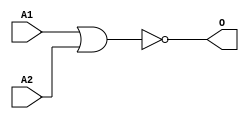
module JNOR2B(A1, A2, O);
input   A1;
input   A2;
output  O;
nor g0(O, A1, A2);
endmodule